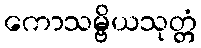
ကောသမ္ဗိယသုတ္တံ